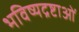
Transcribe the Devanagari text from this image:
भविष्यद्रष्टाओं